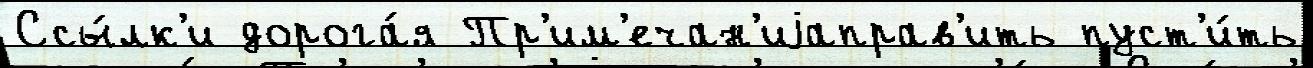
Ссы́лк'и дорога́я Пр'им'ечан'иjаправ'ить пуст'и́ть